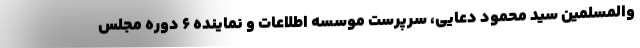
والمسلمین سید محمود دعایی، سرپرست موسسه اطلاعات و نماینده ۶ دوره مجلس